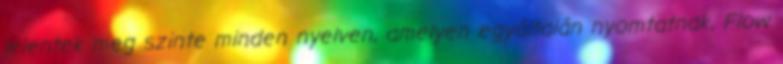
jelentek meg szinte minden nyelven, amelyen egyáltalán nyomtatnak, Flow